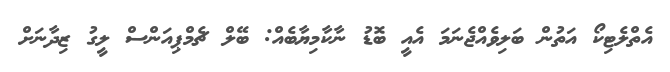
އެތްލެޓިކޯ އަތުން ބަލިވެއްޖެނަމަ އެއީ ބޮޑު ނާކާމިޔާބެއް: ބޭލް ޗެމްޕިއަންސް ލީގު ޒިދާނަށް